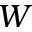
W